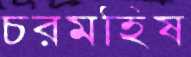
চরমহিষ